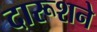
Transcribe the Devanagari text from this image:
दारूशने